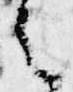
は